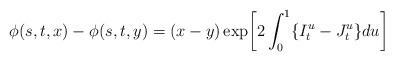
LaTeX: \begin{align*}\phi(s,t,x) - \phi(s,t,y) = (x-y) \exp\biggl[2 \int_0^1 \{I_t^u - J_t^u\} du\biggr] \end{align*}